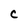
Character: C